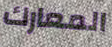
المعارك